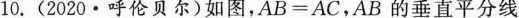
10. (2020·呼伦贝尔)如图，$$A B = A C$$，AB的垂直平分线